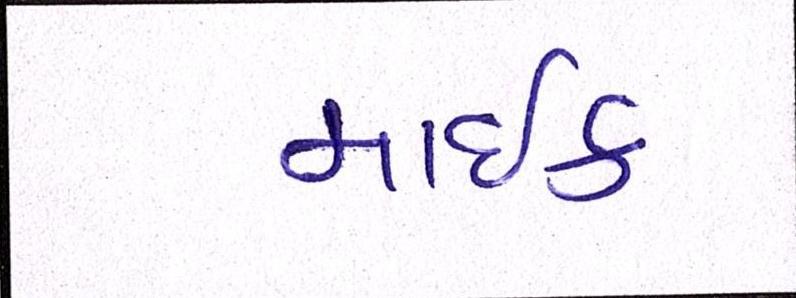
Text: માઇક